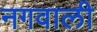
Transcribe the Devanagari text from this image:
नगवाली